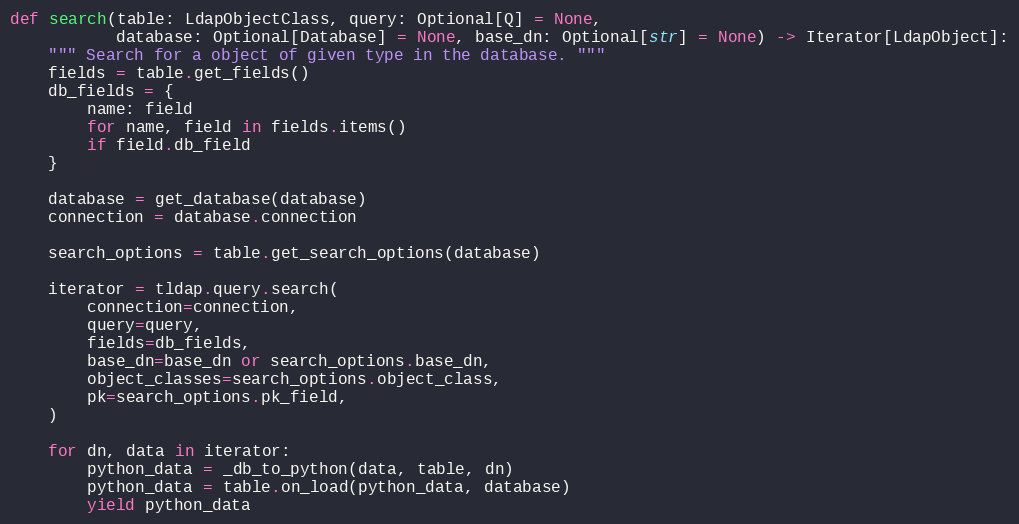
Language: Python
def search(table: LdapObjectClass, query: Optional[Q] = None,
           database: Optional[Database] = None, base_dn: Optional[str] = None) -> Iterator[LdapObject]:
    """ Search for a object of given type in the database. """
    fields = table.get_fields()
    db_fields = {
        name: field
        for name, field in fields.items()
        if field.db_field
    }

    database = get_database(database)
    connection = database.connection

    search_options = table.get_search_options(database)

    iterator = tldap.query.search(
        connection=connection,
        query=query,
        fields=db_fields,
        base_dn=base_dn or search_options.base_dn,
        object_classes=search_options.object_class,
        pk=search_options.pk_field,
    )

    for dn, data in iterator:
        python_data = _db_to_python(data, table, dn)
        python_data = table.on_load(python_data, database)
        yield python_data